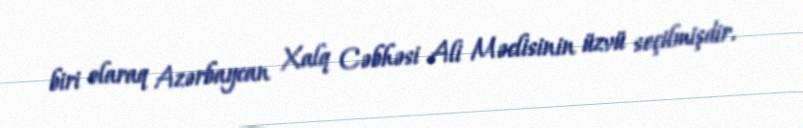
biri olaraq Azərbaycan Xalq Cəbhəsi Ali Məclisinin üzvü seçilmişdir.